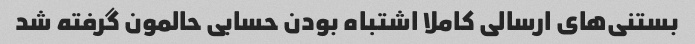
بستنی‌های ارسالی کاملا اشتباه بودن حسابی حالمون گرفته شد